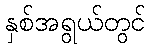
နှစ်အရွယ်တွင်